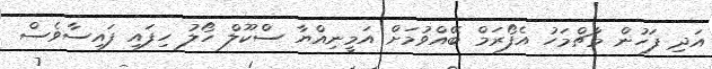
އަދި ފަހުން މާޗްމަހު އެފޯރަމް ބޭއްވުމަށް އަމީނިއްޔާ ސްކޫލް ހޯލު ހިފައި ފައިސާވެސް